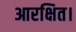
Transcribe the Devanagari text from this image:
आरक्षित।